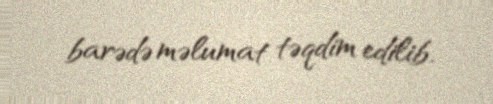
barədə məlumat təqdim edilib.